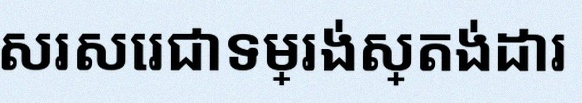
សរសេរជាទម្រង់ស្តង់ដារ